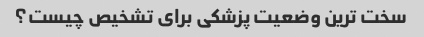
سخت ترین وضعیت پزشکی برای تشخیص چیست؟